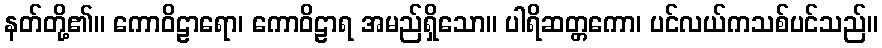
နတ်တို့၏။ ကောဝိဠာရော၊ ကောဝိဠာရ အမည်ရှိသော။ ပါရိဆတ္တကော၊ ပင်လယ်ကသစ်ပင်သည်။